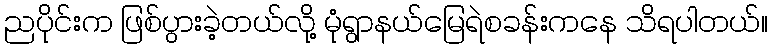
ညပိုင်းက ဖြစ်ပွားခဲ့တယ်လို့ မုံရွာနယ်မြေရဲစခန်းကနေ သိရပါတယ်။